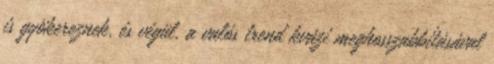
is gyökereznek, és végül, a valós trend kvázi meghosszabbításával